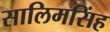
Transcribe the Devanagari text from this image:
सालिमसिंह